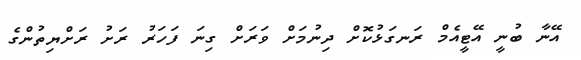
އޭނާ ބުނީ އޭޓީއެމް ރަނގަޅުކޮށް ދިނުމަށް ވަރަށް ގިނަ ފަހަރު ރަށު ރަށްޔިތުންގެ